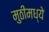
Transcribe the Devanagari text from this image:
मुठीमध्ये